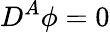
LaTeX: D^{A}\phi=0